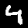
Label: 4